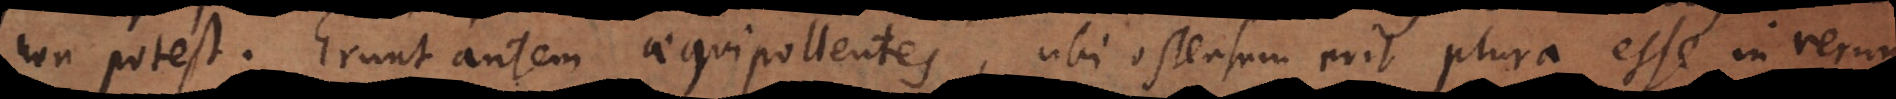
non potest. Erunt autem aequipollentes, ubi ostensum erit plura esse in rerum